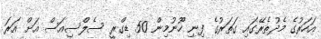
އަހަރުގެ މެދުތެރޭގައި ގަތަރުގެ ފިނި ހޫނުމިން 50 ޑިގްރީ ސެލްސިއަސް އަށް އަރަ